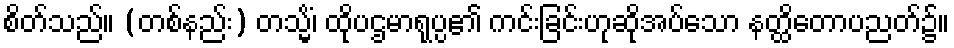
စိတ်သည်။ (တစ်နည်း) တသ္မိံ၊ ထိုပဌမာရုပ္ပ၏ ကင်းခြင်းဟုဆိုအပ်သော နတ္ထိတောပညတ်၌။